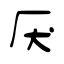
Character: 厌